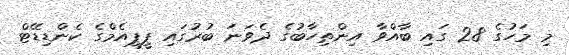
މި މަހުގެ 28 ގައި ބާއްވާ އިންތިހާބުގެ ދެވަނަ ބުރުގައި ޕީޕީއެމްގެ ކެންޑިޑޭޓް